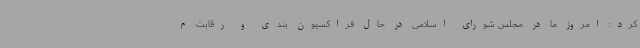
کرد: امروز ما در مجلس شورای اسلامی در حال فراکسیون بندی و رقابت م